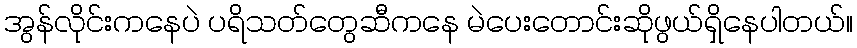
အွန်လိုင်းကနေပဲ ပရိသတ်တွေဆီကနေ မဲပေးတောင်းဆိုဖွယ်ရှိနေပါတယ်။